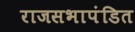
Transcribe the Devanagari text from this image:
राजसभापंडित